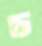
চ